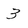
Character: 3